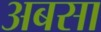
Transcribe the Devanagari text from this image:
अबसा